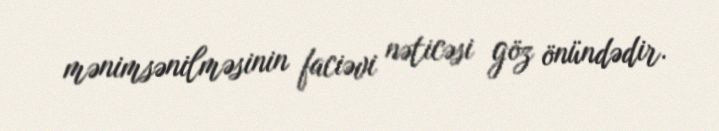
mənimsənilməsinin faciəvi nəticəsi göz önündədir.